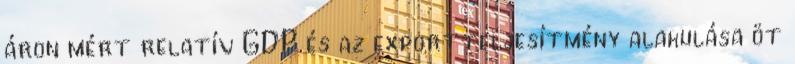
áron mért relatív GDP és az exportteljesítmény alakulása öt